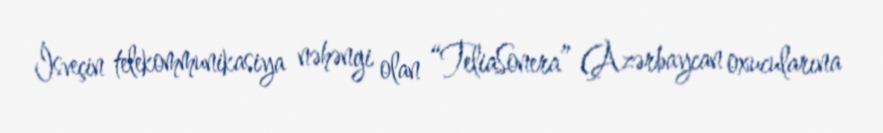
İsveçin telekommunikasiya nəhəngi olan “TeliaSonera” (Azərbaycan oxucularına